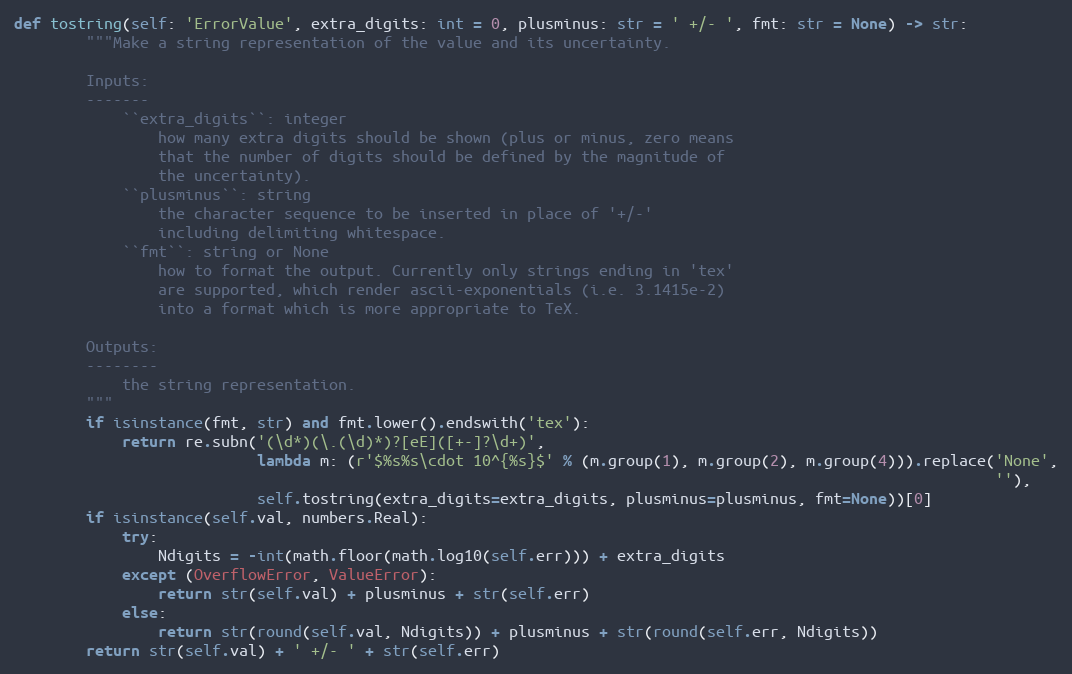
Language: Python
def tostring(self: 'ErrorValue', extra_digits: int = 0, plusminus: str = ' +/- ', fmt: str = None) -> str:
        """Make a string representation of the value and its uncertainty.

        Inputs:
        -------
            ``extra_digits``: integer
                how many extra digits should be shown (plus or minus, zero means
                that the number of digits should be defined by the magnitude of
                the uncertainty).
            ``plusminus``: string
                the character sequence to be inserted in place of '+/-'
                including delimiting whitespace.
            ``fmt``: string or None
                how to format the output. Currently only strings ending in 'tex'
                are supported, which render ascii-exponentials (i.e. 3.1415e-2)
                into a format which is more appropriate to TeX.

        Outputs:
        --------
            the string representation.
        """
        if isinstance(fmt, str) and fmt.lower().endswith('tex'):
            return re.subn('(\d*)(\.(\d)*)?[eE]([+-]?\d+)',
                           lambda m: (r'$%s%s\cdot 10^{%s}$' % (m.group(1), m.group(2), m.group(4))).replace('None',
                                                                                                             ''),
                           self.tostring(extra_digits=extra_digits, plusminus=plusminus, fmt=None))[0]
        if isinstance(self.val, numbers.Real):
            try:
                Ndigits = -int(math.floor(math.log10(self.err))) + extra_digits
            except (OverflowError, ValueError):
                return str(self.val) + plusminus + str(self.err)
            else:
                return str(round(self.val, Ndigits)) + plusminus + str(round(self.err, Ndigits))
        return str(self.val) + ' +/- ' + str(self.err)